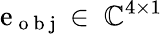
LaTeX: \mathrm{e}_{\mathrm{{~o~b~j~}}}\in\ \mathbb{{C}}^{4\times1}